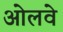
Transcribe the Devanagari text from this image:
ओलवे